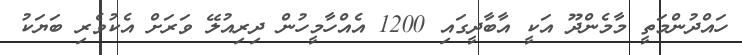
ހައްދުންމަތީ މާމެންދޫ އަކީ އާބާދީގައި 1200 އެއްހާމީހުން ދިރިއުލޭ ވަރަށް އެކުވެރި ބަޔަކު